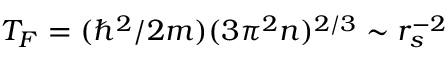
T _ { F } = ( \hbar ^ { 2 } / 2 m ) ( 3 \pi ^ { 2 } n ) ^ { 2 / 3 } \sim r _ { s } ^ { - 2 }